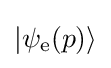
|\psi _{\mathrm {e} }(p)\rangle